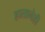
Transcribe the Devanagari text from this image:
हातानेही